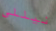
نيللي